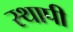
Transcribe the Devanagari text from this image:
स्थापी